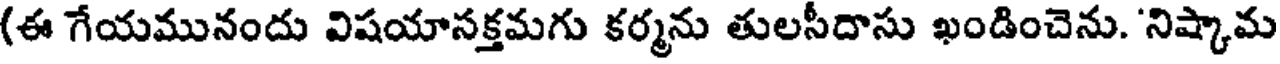
(ఈ గేయమునందు విషయాసక్తమగు కర్మను తులసీదాసు ఖండించెను. 'నిష్కామ